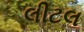
લીટલ